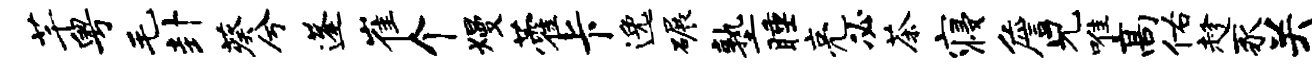
芊粤毛卦葵兮蓬崔个熳藿卡逸碾塾睡亮必茶寝詹兄唯高佑趁豕关